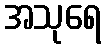
အသုရေ